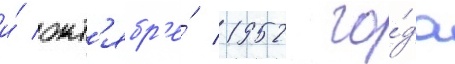
и́ окт'ябр'е́ 1952 го́да